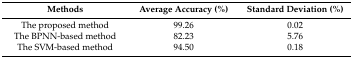
<table><thead><tr><td><b>Methods </b></td><td><b>Average Accuracy (%)</b></td><td><b>Standard Deviation (%)</b></td></tr></thead><tbody><tr><td>The proposed method</td><td>99.26</td><td>0.02</td></tr><tr><td>The BPNN-based method</td><td>82.23</td><td>5.76</td></tr><tr><td>The SVM-based method</td><td>94.50</td><td>0.18</td></tr></tbody></table>